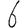
Digit: 6